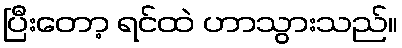
ပြီးတော့ ရင်ထဲ ဟာသွားသည်။